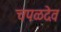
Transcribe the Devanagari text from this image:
चपळदेव